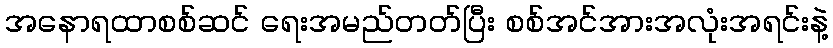
အနောရထာစစ်ဆင် ရေးအမည်တတ်ပြီး စစ်အင်အားအလုံးအရင်းနဲ့